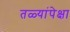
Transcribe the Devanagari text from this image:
तळ्यांपेक्षा